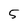
Character: 5